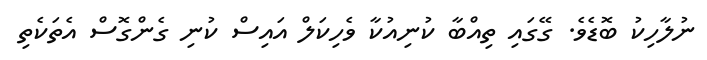
ނުލާހިކު ބޮޑެވެ. ގޭގައި ތިއްބާ ކުނިއުކާ ވެހިކަލް އައިސް ކުނި ގެންގޮސް އެތަކެތި